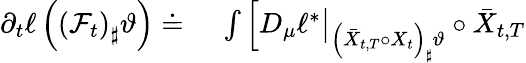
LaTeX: \begin{array}{rl}{\partial_{t}\ell\left(\left(\mathcal F_{t}\right)_{\sharp}\vartheta\right)\doteq}&{{}\ \int\Big[D_{\mu}\ell^{*}\big|_{\left(\bar{X}_{t,T}\circ X_{t}\right)_{\sharp}\vartheta}\circ\bar{X}_{t,T}}\end{array}